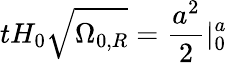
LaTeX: tH_{0}{\sqrt{\Omega_{0,R}}}={\frac{a^{2}}{2}}|_{0}^{a}